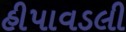
હીપાવડલી